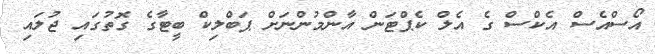
އޯސްއެސް އެކްސް ގެ އެލް ކެޕްޓަން އާންމުންނަށް ޕަބްލިކް ބީޓާގެ ގޮތުގައި ޖުލައި